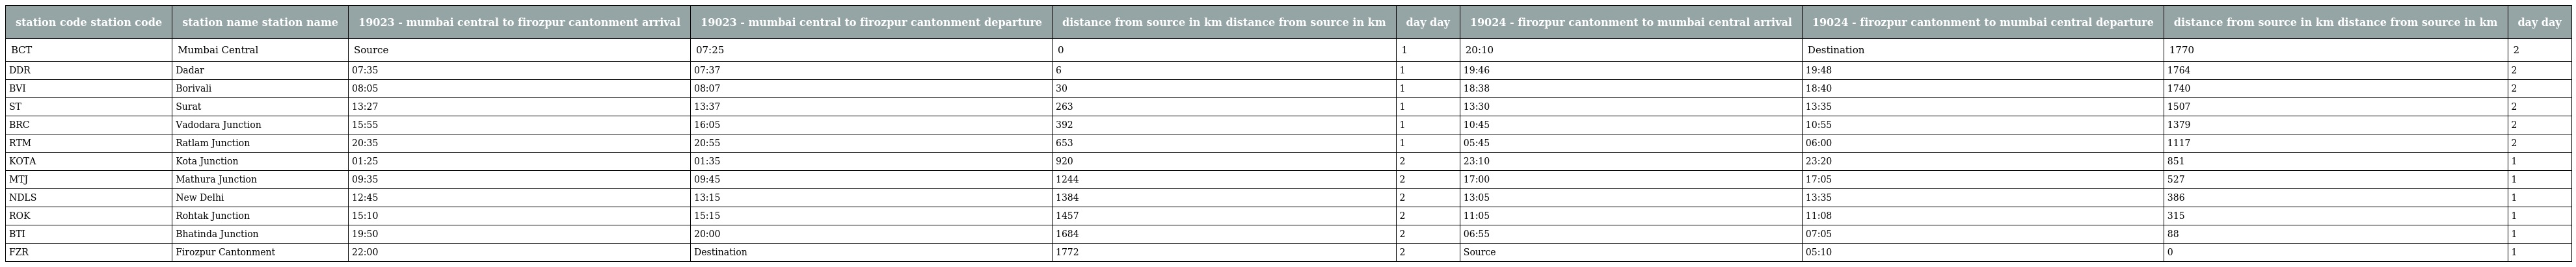
| station code station code | station name station name | 19023 - mumbai central to firozpur cantonment arrival | 19023 - mumbai central to firozpur cantonment departure | distance from source in km distance from source in km | day day | 19024 - firozpur cantonment to mumbai central arrival | 19024 - firozpur cantonment to mumbai central departure | distance from source in km distance from source in km | day day |
 | --- | --- | --- | --- | --- | --- | --- | --- | --- | --- |
 | BCT | Mumbai Central | Source | 07:25 | 0 | 1 | 20:10 | Destination | 1770 | 2 |
 | DDR | Dadar | 07:35 | 07:37 | 6 | 1 | 19:46 | 19:48 | 1764 | 2 |
 | BVI | Borivali | 08:05 | 08:07 | 30 | 1 | 18:38 | 18:40 | 1740 | 2 |
 | ST | Surat | 13:27 | 13:37 | 263 | 1 | 13:30 | 13:35 | 1507 | 2 |
 | BRC | Vadodara Junction | 15:55 | 16:05 | 392 | 1 | 10:45 | 10:55 | 1379 | 2 |
 | RTM | Ratlam Junction | 20:35 | 20:55 | 653 | 1 | 05:45 | 06:00 | 1117 | 2 |
 | KOTA | Kota Junction | 01:25 | 01:35 | 920 | 2 | 23:10 | 23:20 | 851 | 1 |
 | MTJ | Mathura Junction | 09:35 | 09:45 | 1244 | 2 | 17:00 | 17:05 | 527 | 1 |
 | NDLS | New Delhi | 12:45 | 13:15 | 1384 | 2 | 13:05 | 13:35 | 386 | 1 |
 | ROK | Rohtak Junction | 15:10 | 15:15 | 1457 | 2 | 11:05 | 11:08 | 315 | 1 |
 | BTI | Bhatinda Junction | 19:50 | 20:00 | 1684 | 2 | 06:55 | 07:05 | 88 | 1 |
 | FZR | Firozpur Cantonment | 22:00 | Destination | 1772 | 2 | Source | 05:10 | 0 | 1 |